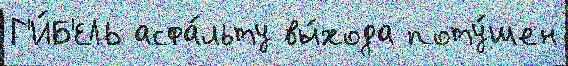
Г'И́Б'ЕЛЬ асфа́льту вы́хода поту́шен